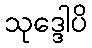
သုဒ္ဒေါပိ